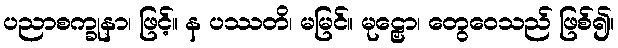
ပညာစက္ခုနာ၊ ဖြင့်။ န ပဿတိ၊ မမြင်။ မုဠှော၊ တွေဝေသည် ဖြစ်၍။